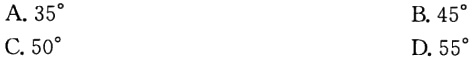
A. \(35^{\circ}\)

B. \(45^{\circ}\)

C. \(50^{\circ}\)

D. \(55^{\circ}\)